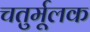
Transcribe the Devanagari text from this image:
चतुर्मूलक